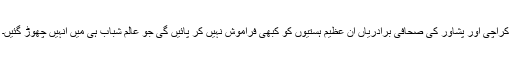
کراچی اور پشاور کی صحافی برادریاں ان عظیم ہستیوں کو کبھی فراموش نہیں کر پائیں گی جو عالم شباب ہی میں انہیں چھوڑ گئیں۔